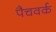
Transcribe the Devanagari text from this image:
पैचवर्क